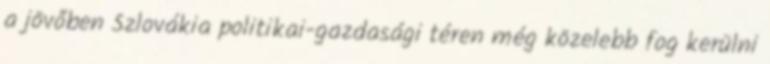
a jövőben Szlovákia politikai-gazdasági téren még közelebb fog kerülni